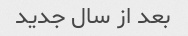
بعد از سال جدید